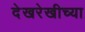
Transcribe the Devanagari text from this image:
देखरेखीच्या